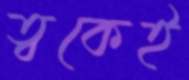
ত্বকেই